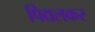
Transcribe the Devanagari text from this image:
पिद्यलकर